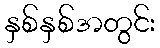
နှစ်နှစ်အတွင်း